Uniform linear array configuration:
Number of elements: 64
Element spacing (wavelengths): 0.25
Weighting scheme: cosine
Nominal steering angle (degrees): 45
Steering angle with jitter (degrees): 46.77
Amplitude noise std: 0.05
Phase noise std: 0.05

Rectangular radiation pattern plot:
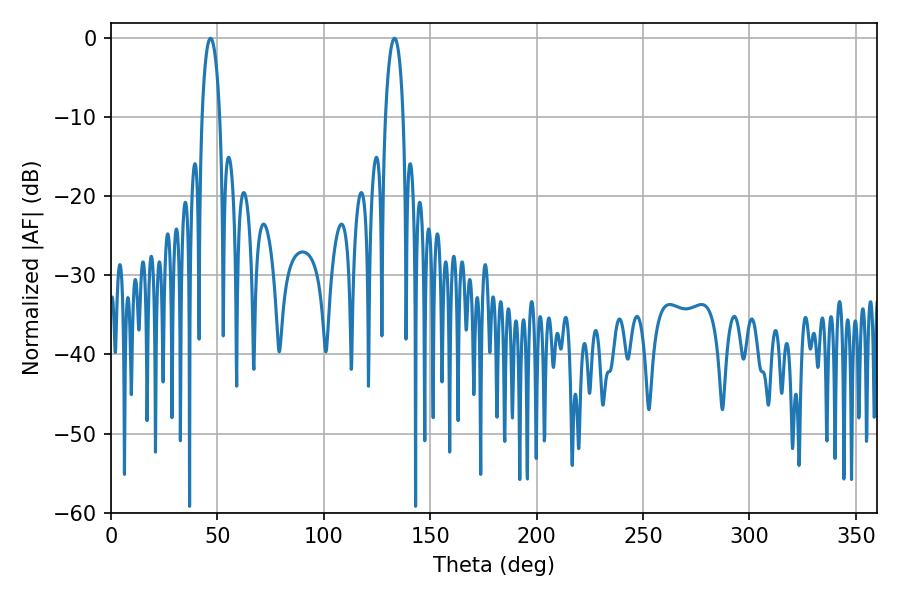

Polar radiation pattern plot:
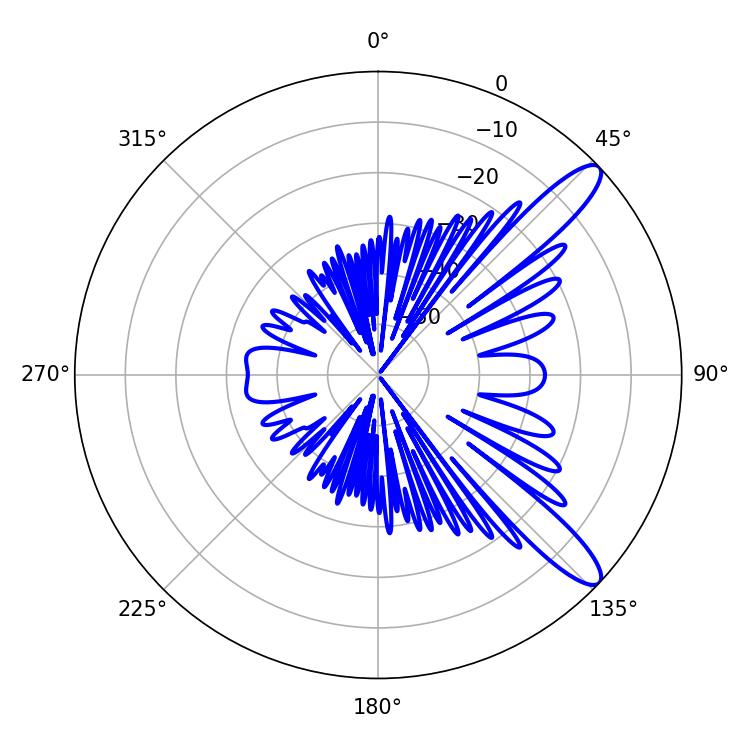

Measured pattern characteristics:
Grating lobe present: FALSE
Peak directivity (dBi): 11.709
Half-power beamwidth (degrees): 4.68
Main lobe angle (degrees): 46.8